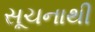
સૂચનાથી